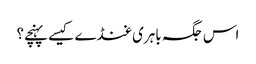
اس جگہ باہری غنڈے کیسے پہنچے؟